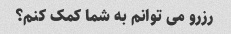
رزرو می توانم به شما کمک کنم؟